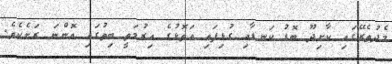
މެދުތެރޭގައި ކާށިދޫ ބޮޑު ކަނޑާއި ގުޅިފައި އަތޮޅުގެ އިރުމަތީ ބިތުގައި އޮންނަ ރަށެކެވެ.